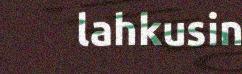
lahkusin